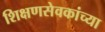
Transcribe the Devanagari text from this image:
शिक्षणसेवकांच्या